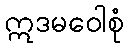
ဣဒမဝေါစုံ